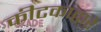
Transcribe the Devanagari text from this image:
कीटकाद्वारे